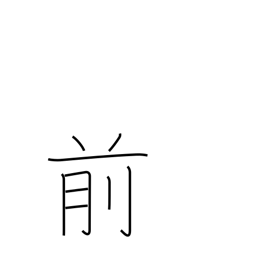
Meaning: in front